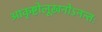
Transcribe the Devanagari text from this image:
आकृष्टोलूखनोऽनन्तः